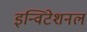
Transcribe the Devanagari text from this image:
इन्विटेशनल